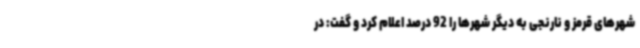
شهرهای قرمز و نارنجی به دیگر شهرها را 92 درصد اعلام کرد و گفت: در